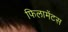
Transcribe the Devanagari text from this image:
फिलामेंटस